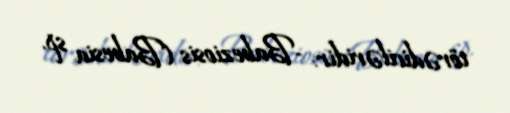
törədiciləridir: -Babeziosis (Babesia sp.